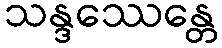
သန္ဒဿေန္တေ